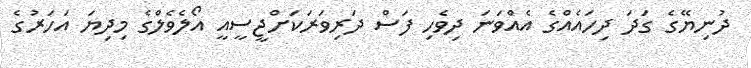
ދުނިޔޭގެ ގަދަ ދިހައެއްގެ އެއްވަނަ ދިވެހި ފަސް ދަރިވަރަކަށްޖީސީއީ އޯލެވެލްގެ މިދިޔަ އަހަރުގެ